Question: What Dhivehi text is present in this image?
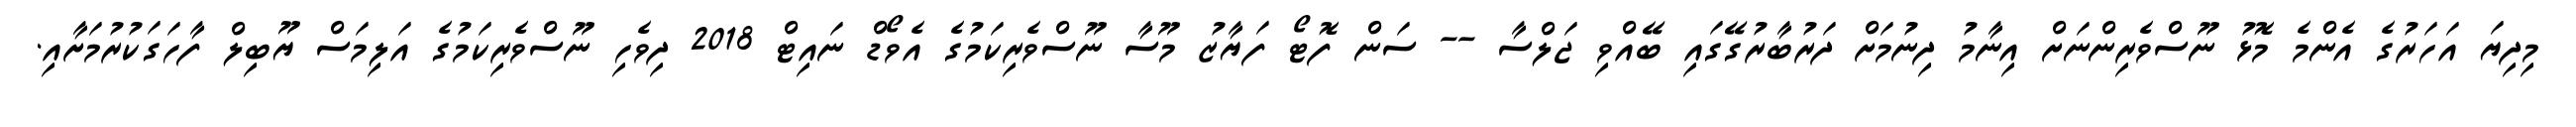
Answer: މިދިޔަ އަހަރުގެ އެންމެ މޮޅު ނޫސްވެރިންނަށް އިނާމު ދިނުމަށް ދަރުބާރުގޭގައި ބޭއްވި ޖަލްސާ -- ސަން ފޮޓޯ ފަޔާޒު މޫސާ ނޫސްވެރިކަމުގެ އެވޯޑް ނައިޓް 2018 ދިވެހި ނޫސްވެރިކަމުގެ އަލިމަސް ޔޫބިލް ފާހަގަކުރުމަށާއި.